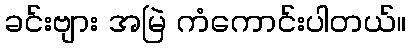
ခင်းဗျား အမြဲ ကံကောင်းပါတယ်။